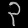
Digit: ၃